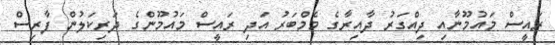
ރައީސް މައުމޫނާއި ދިއްގަރު ދާއިރާގެ މެމްބަރު އަދި ރައީސް މައުމޫންގެ ދަރިކަލުން ފާރިސް